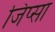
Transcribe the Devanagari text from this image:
जिप्सा